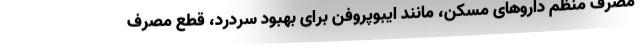
مصرف منظم داروهای مسکن، مانند ایبوپروفن برای بهبود سردرد، قطع مصرف